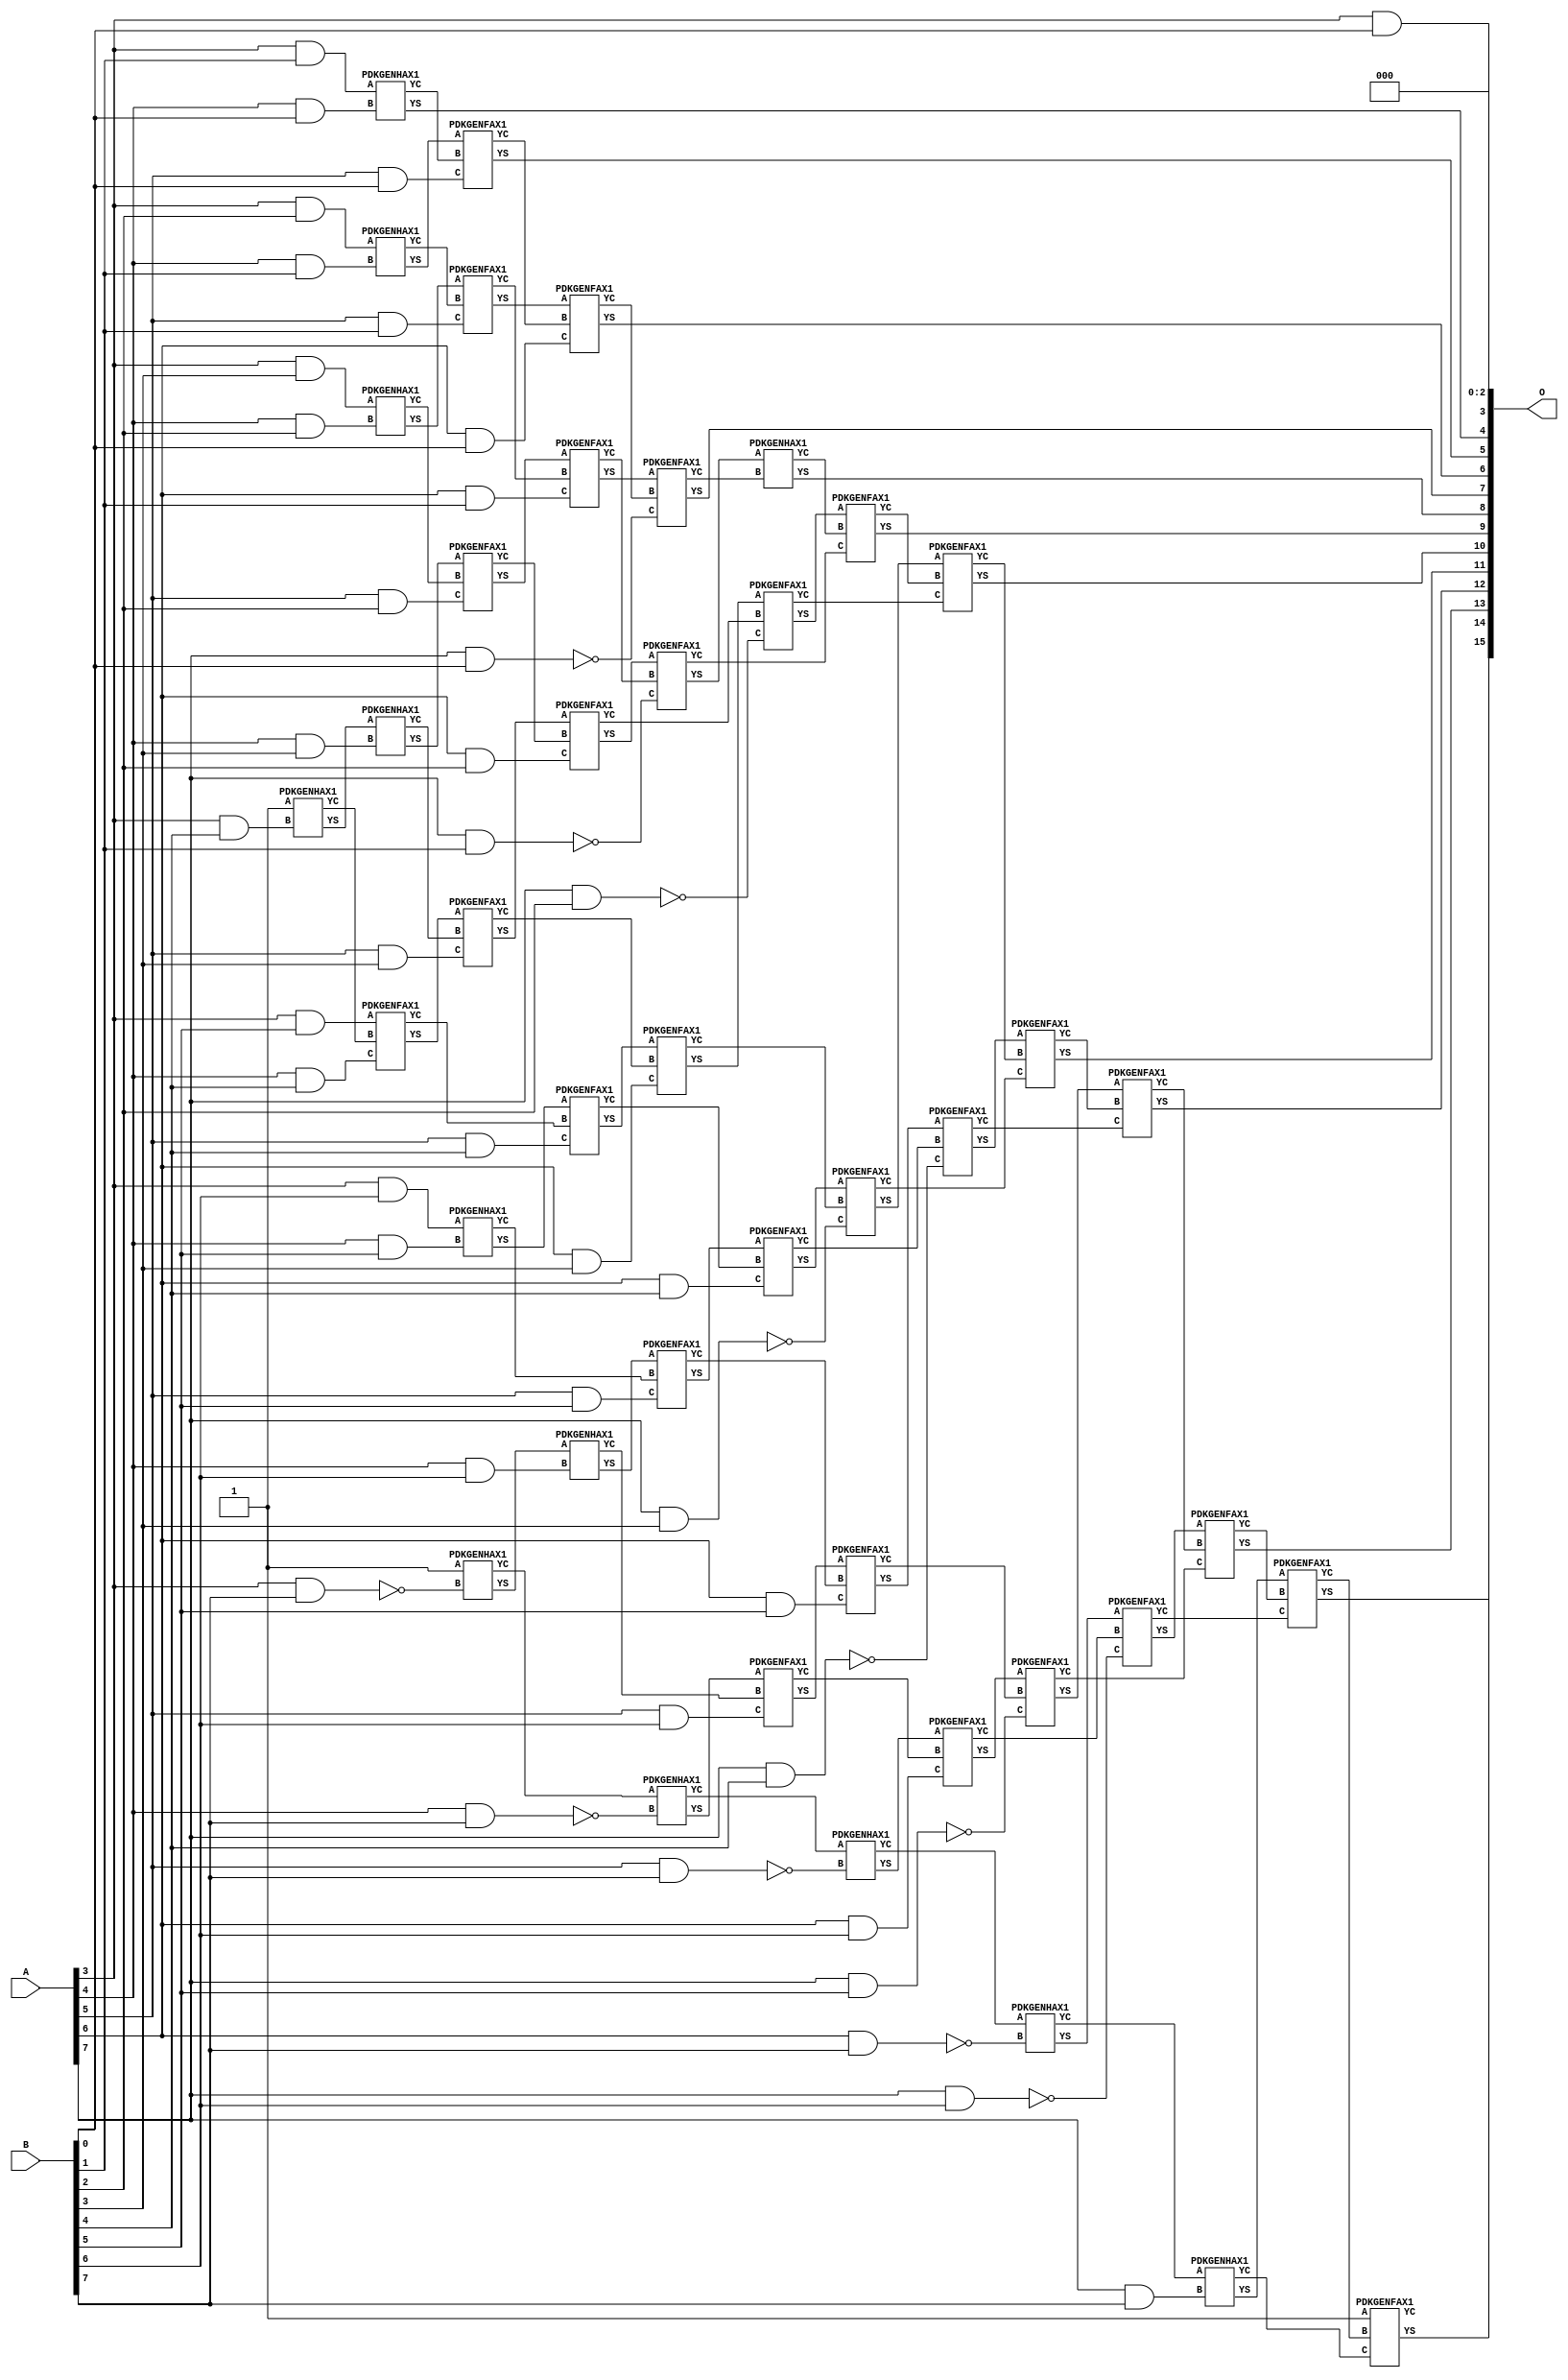
/***
* This code is a part of EvoApproxLib library (ehw.fit.vutbr.cz/approxlib) distributed under The MIT License.
* When used, please cite the following article(s): V. Mrazek, Z. Vasicek, L. Sekanina, H. Jiang and J. Han, "Scalable Construction of Approximate Multipliers With Formally Guaranteed Worst Case Error" in IEEE Transactions on Very Large Scale Integration (VLSI) Systems, vol. 26, no. 11, pp. 2572-2576, Nov. 2018. doi: 10.1109/TVLSI.2018.2856362 
* This file contains a circuit from a sub-set of pareto optimal circuits with respect to the pwr and ep parameters
***/
// MAE% = 0.34 %
// MAE = 224 
// WCE% = 1.37 %
// WCE = 896 
// WCRE% = 700.00 %
// EP% = 87.16 %
// MRE% = 15.72 %
// MSE = 95576 
// PDK45_PWR = 0.237 mW
// PDK45_AREA = 482.4 um2
// PDK45_DELAY = 1.19 ns


module mul8s_1KTY ( A, B, O );
  input [7:0] A;
  input [7:0] B;
  output [15:0] O;

  wire C_3_4,C_3_7,C_4_0,C_4_1,C_4_2,C_4_3,C_4_4,C_4_5,C_4_6,C_4_7,C_5_0,C_5_1,C_5_2,C_5_3,C_5_4,C_5_5,C_5_6,C_5_7,C_6_0,C_6_1,C_6_2,C_6_3,C_6_4,C_6_5,C_6_6,C_6_7,C_7_0,C_7_1,C_7_2,C_7_3,C_7_4,C_7_5,C_7_6,C_7_7,C_8_0,C_8_1,C_8_2,C_8_3,C_8_4,C_8_5,C_8_6,C_8_7,S_0_7,S_1_6,S_2_5,S_3_0,S_3_1,S_3_2,S_3_3,S_3_4,S_3_5,S_3_6,S_3_7,S_4_0,S_4_1,S_4_2,S_4_3,S_4_4,S_4_5,S_4_6,S_4_7,S_5_0,S_5_1,S_5_2,S_5_3,S_5_4,S_5_5,S_5_6,S_5_7,S_6_0,S_6_1,S_6_2,S_6_3,S_6_4,S_6_5,S_6_6,S_6_7,S_7_0,S_7_1,S_7_2,S_7_3,S_7_4,S_7_5,S_7_6,S_7_7,S_8_0,S_8_1,S_8_2,S_8_3,S_8_4,S_8_5,S_8_6,S_8_7;

  assign S_0_7 = 1'b1;
  assign S_1_6 = 1'b1;
  assign S_2_5 = 1'b1;
  assign S_3_0 = (A[3] & B[0]);
  assign S_3_1 = (A[3] & B[1]);
  assign S_3_2 = (A[3] & B[2]);
  assign S_3_3 = (A[3] & B[3]);
  PDKGENHAX1 U6077 (.A(S_2_5), .B((A[3] & B[4])), .YS(S_3_4), .YC(C_3_4));
  assign S_3_5 = (A[3] & B[5]);
  assign S_3_6 = (A[3] & B[6]);
  PDKGENHAX1 U6080 (.A(1'b1), .B(~(A[3] & B[7])), .YS(S_3_7), .YC(C_3_7));
  PDKGENHAX1 U6081 (.A(S_3_1), .B((A[4] & B[0])), .YS(S_4_0), .YC(C_4_0));
  PDKGENHAX1 U6082 (.A(S_3_2), .B((A[4] & B[1])), .YS(S_4_1), .YC(C_4_1));
  PDKGENHAX1 U6083 (.A(S_3_3), .B((A[4] & B[2])), .YS(S_4_2), .YC(C_4_2));
  PDKGENHAX1 U6084 (.A(S_3_4), .B((A[4] & B[3])), .YS(S_4_3), .YC(C_4_3));
  PDKGENFAX1 U6085 (.A(S_3_5), .B(C_3_4), .C((A[4] & B[4])), .YS(S_4_4), .YC(C_4_4));
  PDKGENHAX1 U6086 (.A(S_3_6), .B((A[4] & B[5])), .YS(S_4_5), .YC(C_4_5));
  PDKGENHAX1 U6087 (.A(S_3_7), .B((A[4] & B[6])), .YS(S_4_6), .YC(C_4_6));
  PDKGENHAX1 U6088 (.A(C_3_7), .B(~(A[4] & B[7])), .YS(S_4_7), .YC(C_4_7));
  PDKGENFAX1 U6089 (.A(S_4_1), .B(C_4_0), .C((A[5] & B[0])), .YS(S_5_0), .YC(C_5_0));
  PDKGENFAX1 U6090 (.A(S_4_2), .B(C_4_1), .C((A[5] & B[1])), .YS(S_5_1), .YC(C_5_1));
  PDKGENFAX1 U6091 (.A(S_4_3), .B(C_4_2), .C((A[5] & B[2])), .YS(S_5_2), .YC(C_5_2));
  PDKGENFAX1 U6092 (.A(S_4_4), .B(C_4_3), .C((A[5] & B[3])), .YS(S_5_3), .YC(C_5_3));
  PDKGENFAX1 U6093 (.A(S_4_5), .B(C_4_4), .C((A[5] & B[4])), .YS(S_5_4), .YC(C_5_4));
  PDKGENFAX1 U6094 (.A(S_4_6), .B(C_4_5), .C((A[5] & B[5])), .YS(S_5_5), .YC(C_5_5));
  PDKGENFAX1 U6095 (.A(S_4_7), .B(C_4_6), .C((A[5] & B[6])), .YS(S_5_6), .YC(C_5_6));
  PDKGENHAX1 U6096 (.A(C_4_7), .B(~(A[5] & B[7])), .YS(S_5_7), .YC(C_5_7));
  PDKGENFAX1 U6097 (.A(S_5_1), .B(C_5_0), .C((A[6] & B[0])), .YS(S_6_0), .YC(C_6_0));
  PDKGENFAX1 U6098 (.A(S_5_2), .B(C_5_1), .C((A[6] & B[1])), .YS(S_6_1), .YC(C_6_1));
  PDKGENFAX1 U6099 (.A(S_5_3), .B(C_5_2), .C((A[6] & B[2])), .YS(S_6_2), .YC(C_6_2));
  PDKGENFAX1 U6100 (.A(S_5_4), .B(C_5_3), .C((A[6] & B[3])), .YS(S_6_3), .YC(C_6_3));
  PDKGENFAX1 U6101 (.A(S_5_5), .B(C_5_4), .C((A[6] & B[4])), .YS(S_6_4), .YC(C_6_4));
  PDKGENFAX1 U6102 (.A(S_5_6), .B(C_5_5), .C((A[6] & B[5])), .YS(S_6_5), .YC(C_6_5));
  PDKGENFAX1 U6103 (.A(S_5_7), .B(C_5_6), .C((A[6] & B[6])), .YS(S_6_6), .YC(C_6_6));
  PDKGENHAX1 U6104 (.A(C_5_7), .B(~(A[6] & B[7])), .YS(S_6_7), .YC(C_6_7));
  PDKGENFAX1 U6105 (.A(S_6_1), .B(C_6_0), .C(~(A[7] & B[0])), .YS(S_7_0), .YC(C_7_0));
  PDKGENFAX1 U6106 (.A(S_6_2), .B(C_6_1), .C(~(A[7] & B[1])), .YS(S_7_1), .YC(C_7_1));
  PDKGENFAX1 U6107 (.A(S_6_3), .B(C_6_2), .C(~(A[7] & B[2])), .YS(S_7_2), .YC(C_7_2));
  PDKGENFAX1 U6108 (.A(S_6_4), .B(C_6_3), .C(~(A[7] & B[3])), .YS(S_7_3), .YC(C_7_3));
  PDKGENFAX1 U6109 (.A(S_6_5), .B(C_6_4), .C(~(A[7] & B[4])), .YS(S_7_4), .YC(C_7_4));
  PDKGENFAX1 U6110 (.A(S_6_6), .B(C_6_5), .C(~(A[7] & B[5])), .YS(S_7_5), .YC(C_7_5));
  PDKGENFAX1 U6111 (.A(S_6_7), .B(C_6_6), .C(~(A[7] & B[6])), .YS(S_7_6), .YC(C_7_6));
  PDKGENHAX1 U6112 (.A(C_6_7), .B((A[7] & B[7])), .YS(S_7_7), .YC(C_7_7));
  PDKGENHAX1 U6113 (.A(S_7_1), .B(C_7_0), .YS(S_8_0), .YC(C_8_0));
  PDKGENFAX1 U6114 (.A(S_7_2), .B(C_8_0), .C(C_7_1), .YS(S_8_1), .YC(C_8_1));
  PDKGENFAX1 U6115 (.A(S_7_3), .B(C_8_1), .C(C_7_2), .YS(S_8_2), .YC(C_8_2));
  PDKGENFAX1 U6116 (.A(S_7_4), .B(C_8_2), .C(C_7_3), .YS(S_8_3), .YC(C_8_3));
  PDKGENFAX1 U6117 (.A(S_7_5), .B(C_8_3), .C(C_7_4), .YS(S_8_4), .YC(C_8_4));
  PDKGENFAX1 U6118 (.A(S_7_6), .B(C_8_4), .C(C_7_5), .YS(S_8_5), .YC(C_8_5));
  PDKGENFAX1 U6119 (.A(S_7_7), .B(C_8_5), .C(C_7_6), .YS(S_8_6), .YC(C_8_6));
  PDKGENFAX1 U6120 (.A(1'b1), .B(C_8_6), .C(C_7_7), .YS(S_8_7), .YC(C_8_7));
  assign O = {S_8_7,S_8_6,S_8_5,S_8_4,S_8_3,S_8_2,S_8_1,S_8_0,S_7_0,S_6_0,S_5_0,S_4_0,S_3_0,1'b0,1'b0,1'b0};

endmodule

/* mod */
module PDKGENHAX1( input A, input B, output YS, output YC );
    assign YS = A ^ B;
    assign YC = A & B;
endmodule
/* mod */
module PDKGENFAX1( input A, input B, input C, output YS, output YC );
    assign YS = (A ^ B) ^ C;
    assign YC = (A & B) | (B & C) | (A & C);
endmodule